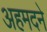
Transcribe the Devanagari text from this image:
अहमदने